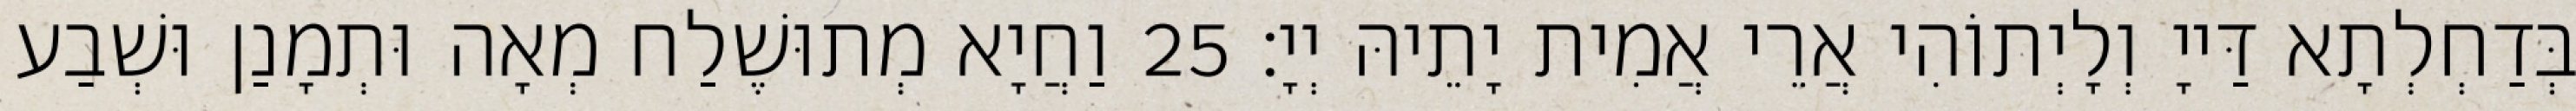
בְּדַחְלְתָא דַּייָ וְלָיְתוֹהִי אֲרֵי אֲמִית יָתֵיהּ יְיָ׃ 25 וַחֲיָא מְתוּשֶׁלַח מְאָה וּתְמָנַן וּשְׁבַע